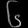
Digit: ၆